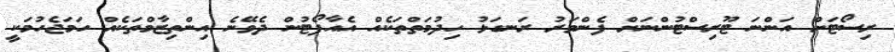
ރިސޯޓަށް އަންނަ ޓޫރިސްޓުންނަށް ފެންވަރު ރަނގަޅު ހިދުމަތްތަކެއް އެއާޕޯޓުން ދެވޭނެ އިންތިޒާމްތަކެއް ހަމަޖެހުމަކީ